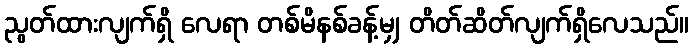
ညွတ်ထားလျက်ရှိ လေရာ တစ်မိနစ်ခန့်မျှ တိတ်ဆိတ်လျက်ရှိလေသည်။